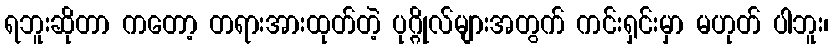
ရဘူးဆိုတာ ကတော့ တရားအားထုတ်တဲ့ ပုဂ္ဂိုလ်များအတွက် ကင်းရှင်းမှာ မဟုတ် ပါဘူး၊